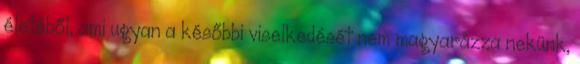
életéből, ami ugyan a későbbi viselkedését nem magyarázza nekünk,